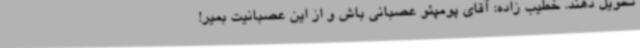
تحویل دهند. خطیب زاده: آقای پومپئو عصبانی باش و از این عصبانیت بمیر!